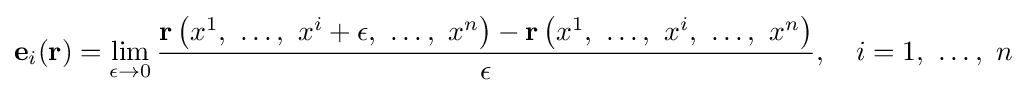
\mathbf {e} _{i}(\mathbf {r} )=\lim _{\epsilon \rightarrow 0}{\frac {\mathbf {r} \left(x^{1},\ \dots ,\ x^{i}+\epsilon ,\ \dots ,\ x^{n}\right)-\mathbf {r} \left(x^{1},\ \dots ,\ x^{i},\ \dots ,\ x^{n}\right)}{\epsilon }},\quad i=1,\ \dots ,\ n